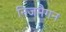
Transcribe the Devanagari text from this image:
निजमैगन